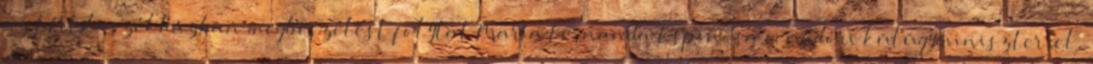
az ENSZ-székházban megbeszélést folytat María Fernanda Espinosa ecuadori külügyminiszterrel,